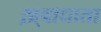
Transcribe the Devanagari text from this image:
ख़्वाधाता